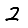
Digit: 2